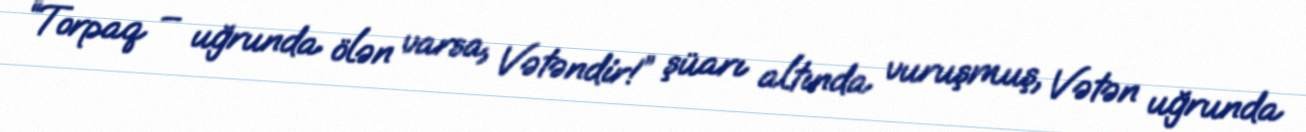
“Torpaq – uğrunda ölən varsa, Vətəndir!” şüarı altında vuruşmuş, Vətən uğrunda